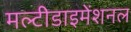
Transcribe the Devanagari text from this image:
मल्टीडाइमेंशनल